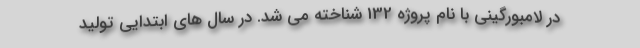
در لامبورگینی با نام پروژه 132 شناخته می شد. در سال های ابتدایی تولید